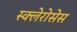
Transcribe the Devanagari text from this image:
स्क्लेरोसेस